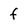
Character: f